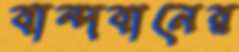
বান্দবানের